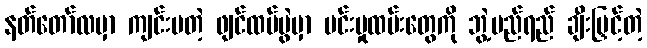
နတ်တော်လမှာ ကျင်းပတဲ့ ဖျင်ထပ်ပွဲမှာ မင်းမှုထမ်းတွေကို ဘွဲ့မည်ရည် ချီးမြှင့်တဲ့